Aleksander_Warma, lk 43
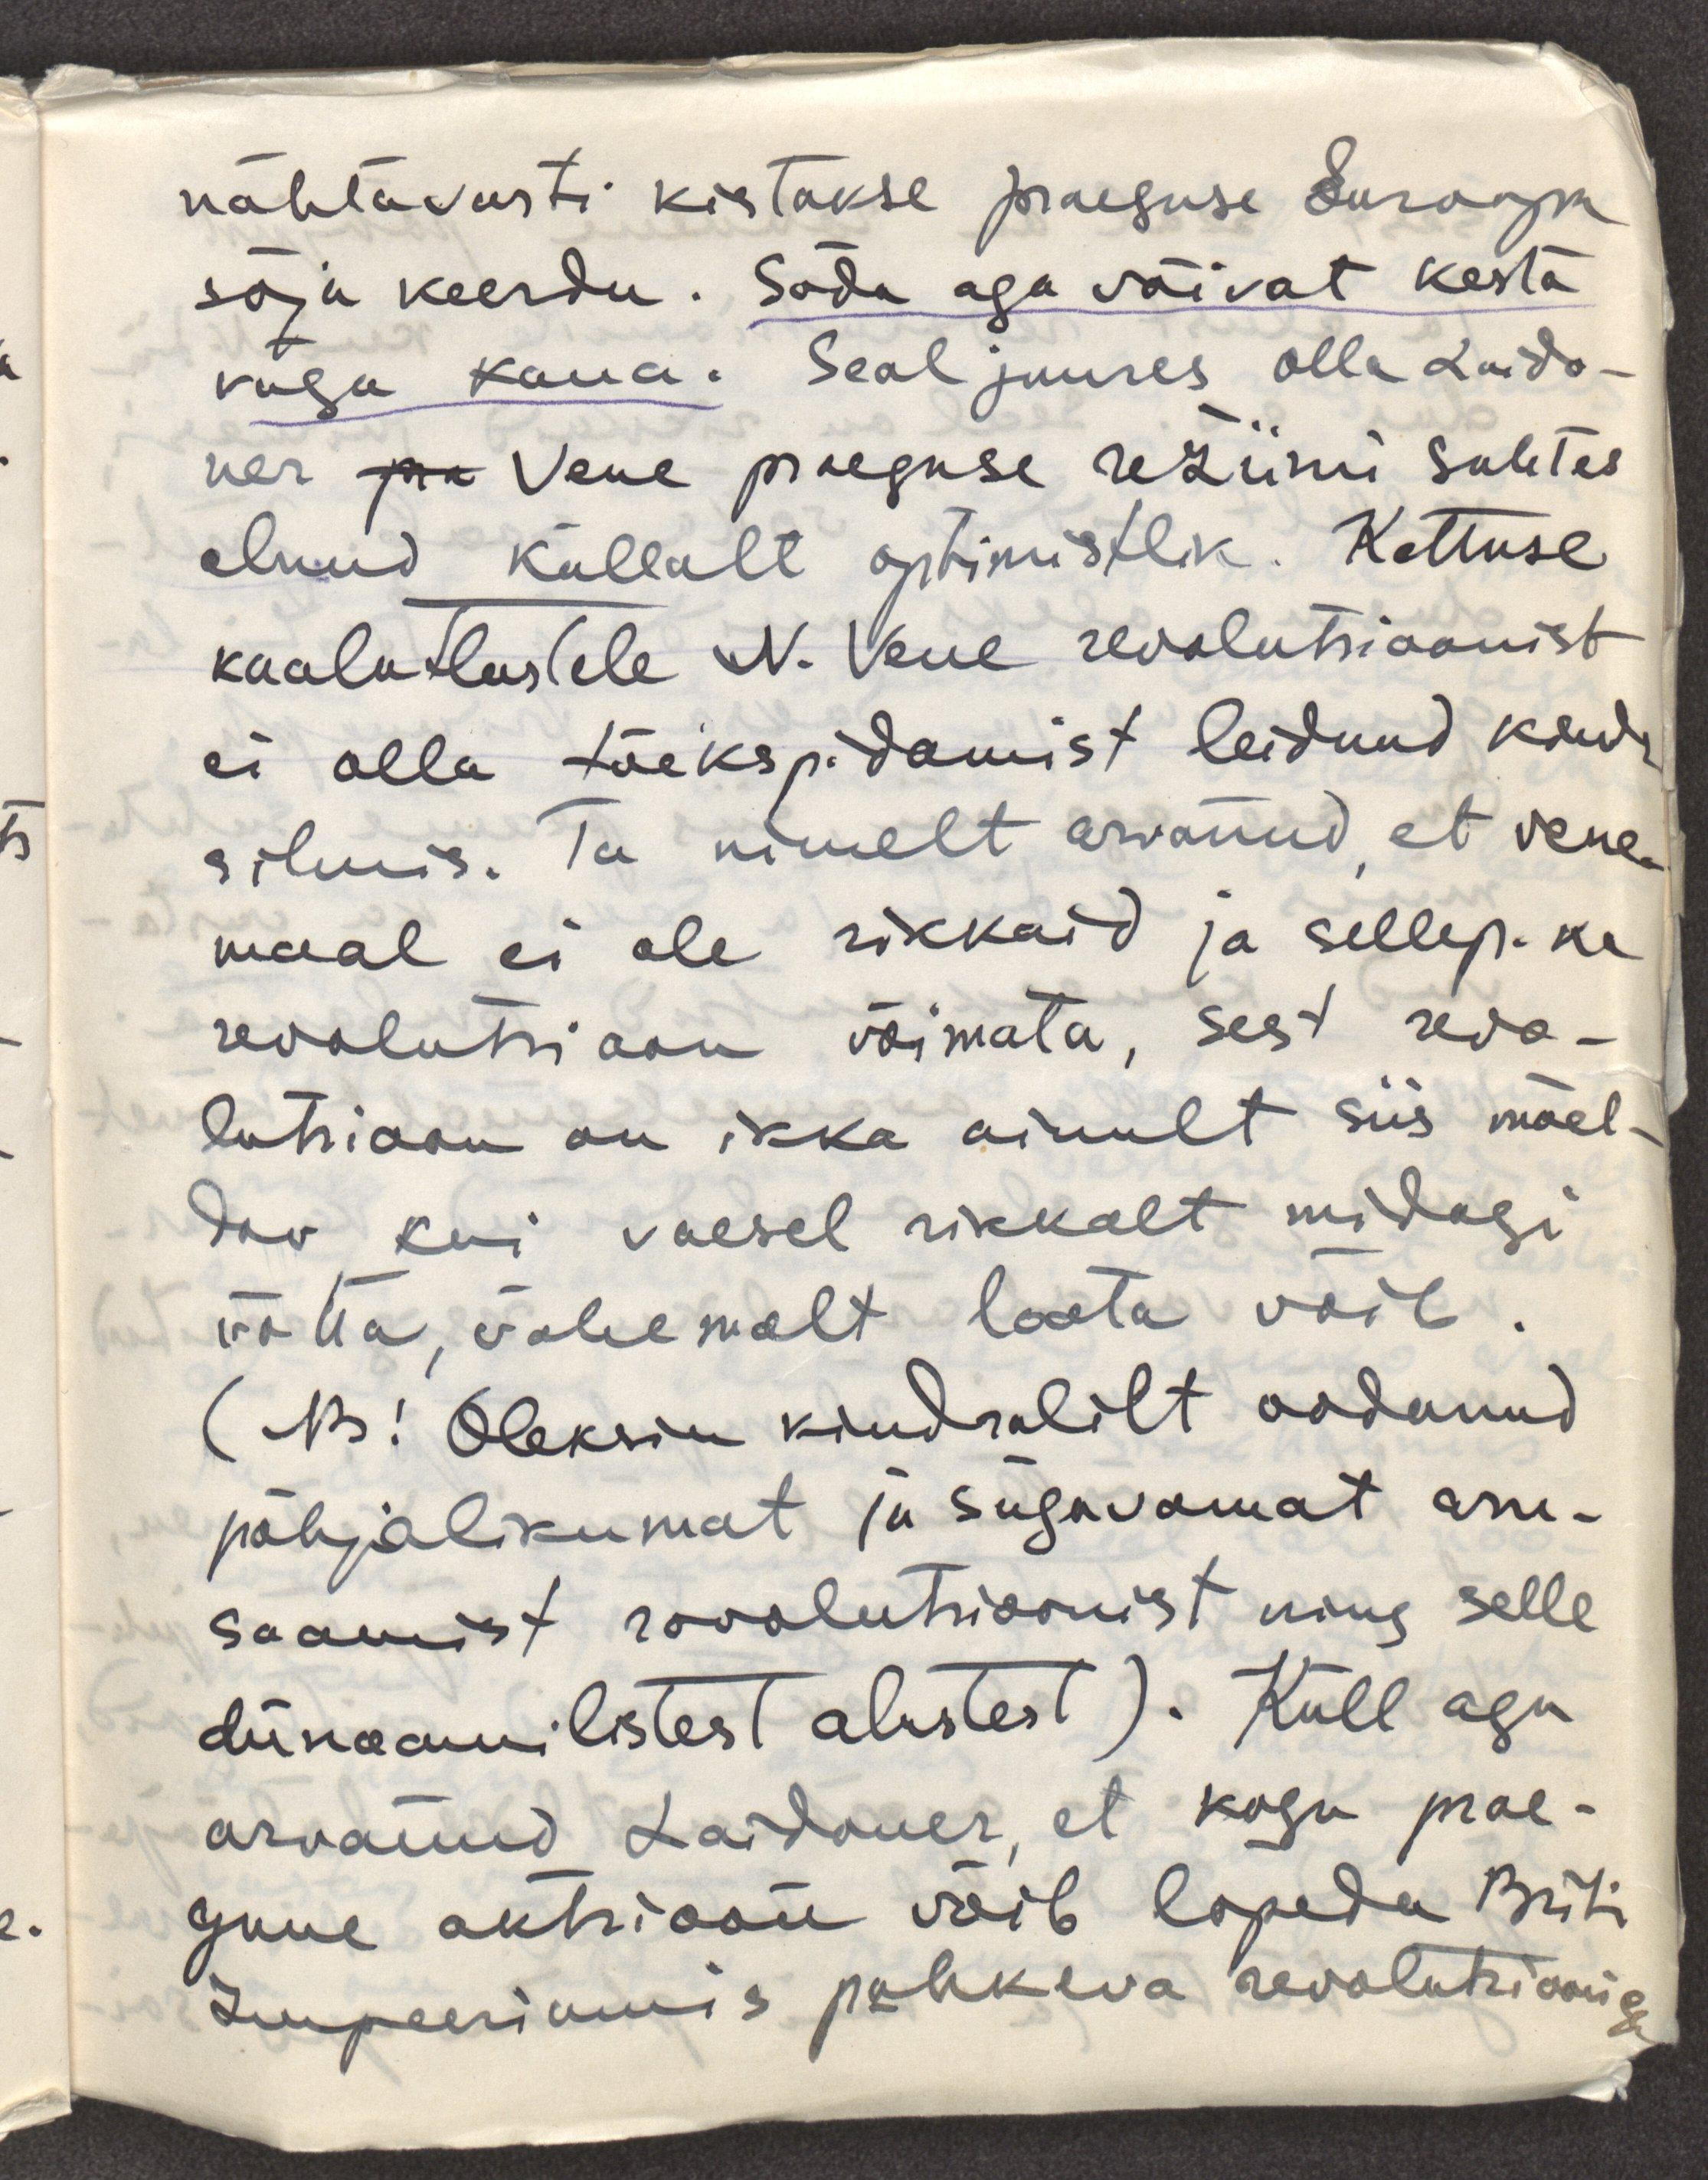
nähtavasti kistakse praeguse Euroopa
sõja keerdu. Sõda aga võivat kesta
väga kaua. Seal juures olla Laido-
ner pra Vene praeguse režiimi suhtes
olnud küllalt optimistlik. Kettuse
kaalutlusele N.Vene revolutsioonist
ei olla tõekspidamist leidnud kindr.
silmis. Ta nimelt arvanud, et vene-
maal ei ole rikkaid ja sellep. ka 
revolutsioon võimata, sest revo-
lutsioon on ikka ainult siis mõel-
dav kui vaesel rikkalt midagi
võtta, vähemalt loota võib. 
(NB! Oleksin kindralilt oodanud
põhjalikumat ja sügavamat aru-
saamist revolutsioonist ning selle
dünaamilistest alustest). Küll aga
arvanud Laidoner, et kogu prae-
gune aktsioon võib lõpeda Briti
Impeeriumis puhkeva revolutsiooniga.